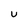
Character: U